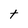
Character: t